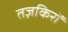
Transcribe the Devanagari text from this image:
तज़किरों